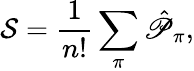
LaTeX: \mathcal{S}=\frac{1}{n!}\sum_{\pi}\hat{\mathscr{P}}_{\pi},